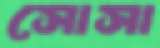
সোসা